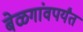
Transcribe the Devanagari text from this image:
बेळगांवपर्यंत